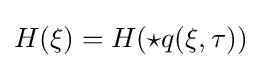
H(\xi )=H(\star q(\xi ,\tau ))